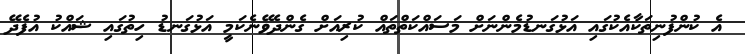
އެ ކުންފުނިތަކާއެކުގައި އަޅުގަނޑުމެންނަށް މަސައްކަތްތައް ކުރިއަށް ގެންދެވޭނެކަމީ އަޅުގަނޑު ހިތުގައި ޝައްކު އުފެދޭ